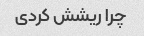
چرا ریشش کردی